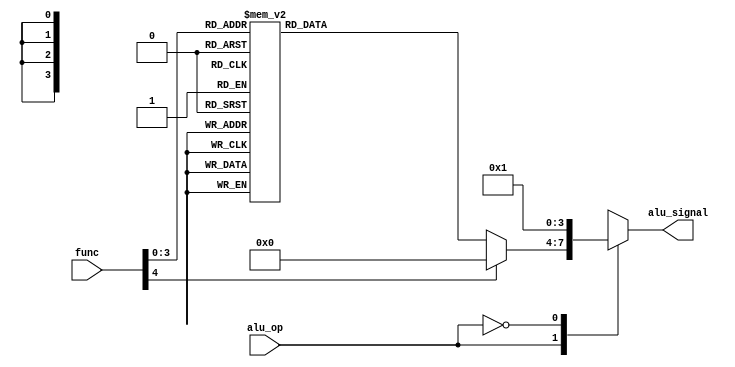
`timescale 1ns / 1ps
//////////////////////////////////////////////////////////////////////////////////
// Company: 
// Engineer: 
// 
// Design Name: 
// Module Name:    ALU_CONTROL 
// Project Name: 
// Target Devices: 
// Tool versions: 
// Description: 
//
// Dependencies: 
//
// Revision: 
// Revision 0.01 - File Created
// Additional Comments: 
//
//////////////////////////////////////////////////////////////////////////////////

module alu_control(
	input [4:0] func,
	input alu_op,
	output reg [3:0] alu_signal
    );
	 always @(*) begin
        case(alu_op)					// signal form main control
            1'b1:						// alu_op will depend on funciton bits
                begin
                    case(func)
                        
                        5'b00001: alu_signal <= 4'b0001; // add
								5'b00010: alu_signal <= 4'b0010; // and
                        5'b00011: alu_signal <= 4'b0011; // compliment
								5'b00100: alu_signal <= 4'b0100; // xor
                        5'b00101: alu_signal <= 4'b0101; // sll
								5'b00110: alu_signal <= 4'b0110; // srl
								5'b00111: alu_signal <= 4'b0111; // sra
								5'b01000: alu_signal <= 4'b1000; // diff
                        default: alu_signal <= 4'b0000; 
                    endcase
                end
            1'b0:						// alu_op independent of function bits (add always)
                begin
                    alu_signal <= 4'b0001; // add
                end
           
            default:
					begin
						//do nothing
					end
				
				endcase
    end

endmodule